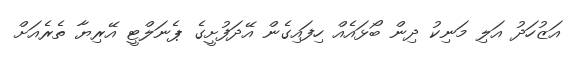
އަޒުހަދު އަލި މަނިކު ދިން ބޯޅައެއް ހިފައިގެން އޭދަފުށީގެ ޕެނަލްޓީ އޭރިޔާ ތެރެއަށް